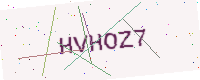
Text: HVHOZ7